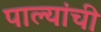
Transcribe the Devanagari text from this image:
पाल्यांची